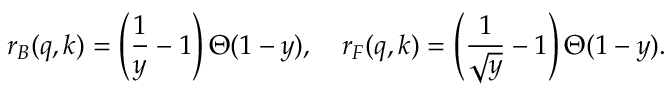
r _ { B } ( q , k ) = \left( \frac { 1 } { y } - 1 \right) \Theta ( 1 - y ) , \quad r _ { F } ( q , k ) = \left( \frac { 1 } { \sqrt { y } } - 1 \right) \Theta ( 1 - y ) .